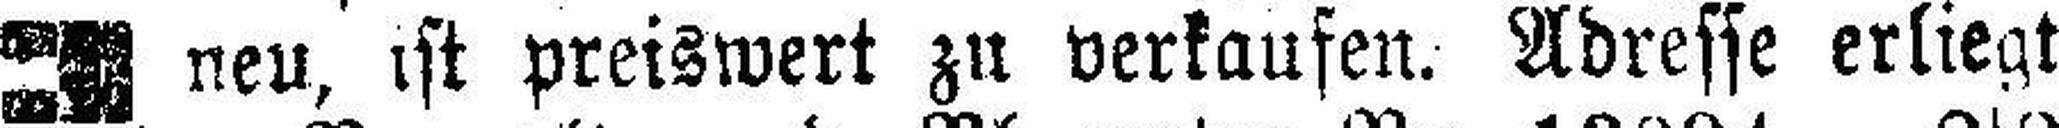
neu, ist preiswert zu verkaufen. Adresse erliegt